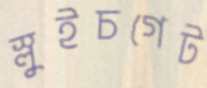
স্লুইচগেট